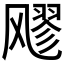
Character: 𮨵